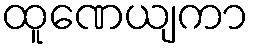
ထူဏေယျကာ